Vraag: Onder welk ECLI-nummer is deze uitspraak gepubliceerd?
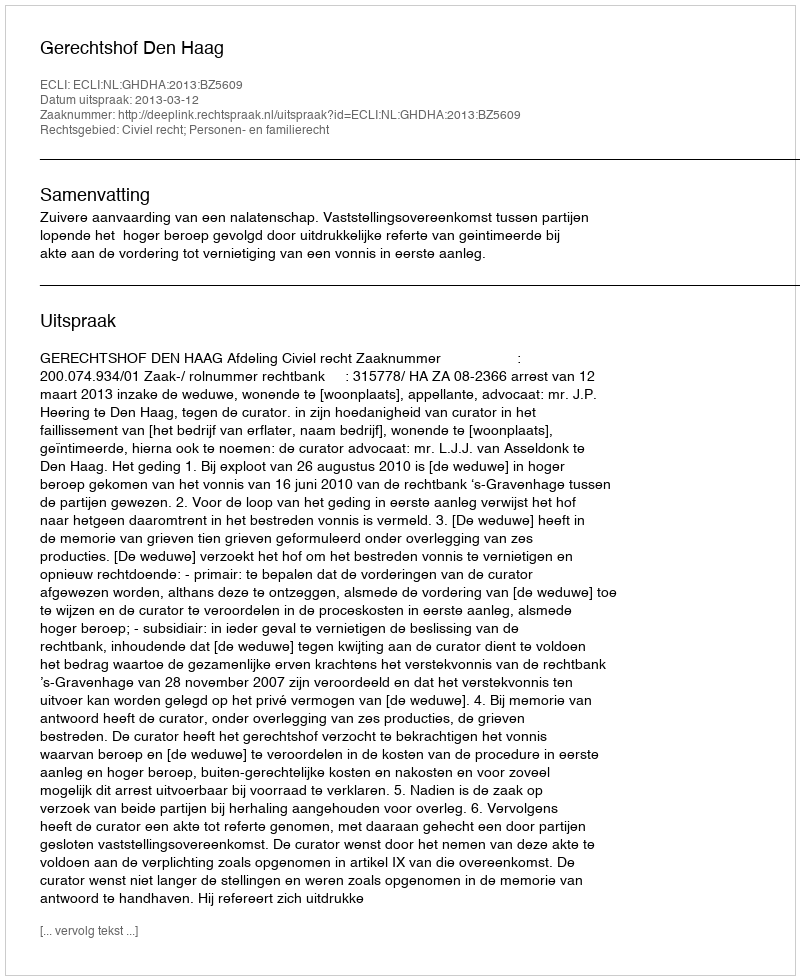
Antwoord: ECLI:NL:GHDHA:2013:BZ5609